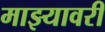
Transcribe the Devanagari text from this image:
माझ्यावरी